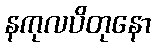
နကုလပိတုနော